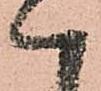
ハ